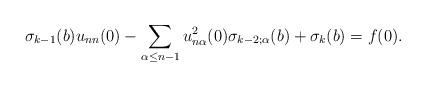
LaTeX: \begin{align*}\sigma_{k-1} (b) u_{nn} (0) - \sum_{\alpha \leq n-1} u_{n\alpha}^2 (0) \sigma_{k-2;\alpha} (b) + \sigma_k (b) = f(0).\end{align*}